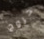
خروج